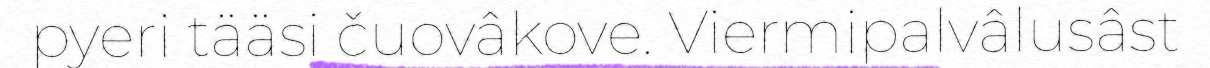
pyeri tääsi čuovâkove. Viermipalvâlusâst